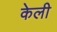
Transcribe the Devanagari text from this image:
केली